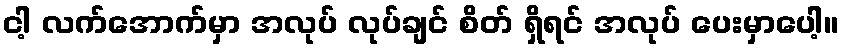
ငါ့ လက်အောက်မှာ အလုပ် လုပ်ချင် စိတ် ရှိရင် အလုပ် ပေးမှာပေါ့။